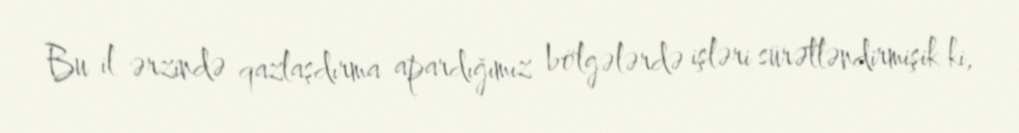
Bu il ərzində qazlaşdırma apardığımız bölgələrdə işləri sürətləndirmişik ki,